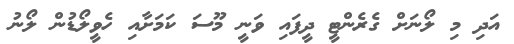
އަދި މި ލޯނަށް ގެރެންޓީ ދީފައި ވަނީ މޫސަ ކަމަށާއި ހެވީލޯޑުން ލޯނު